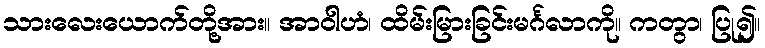
သားလေးယောက်တို့အား။ အာဝါဟံ၊ ထိမ်းမြားခြင်းမင်္ဂလာကို။ ကတွာ၊ ပြု၍။